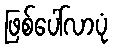
ဖြစ်ပေါ်လာပုံ